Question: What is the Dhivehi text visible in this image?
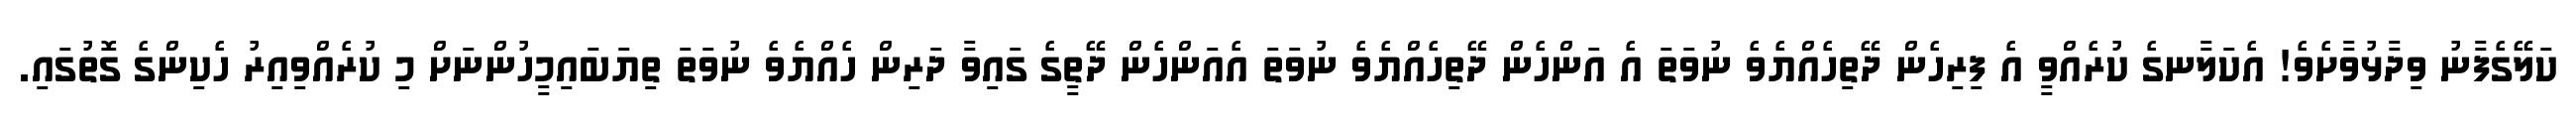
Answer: ކަލޭގެފާނު ވިދާޅުވާށެވެ! އެކަލާނގެ ކުރެއްވީ އެ ފިރިހެން ދޭތިހެއްޔެވެ ނުވަތަ އެ އަންހެން ދޭތިހެއްޔެވެ ނުވަތަ އެއަންހެން ދޭތީގެ ގައިވާ ދަރިން ހެއްޔެވެ ނުވަތަ ތިޔަބައިމީހުންނަށް މި ކުރެއްވިއިރު ހެކިންގެ ގޮތުގައި.